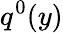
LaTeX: q^{0}(y)